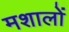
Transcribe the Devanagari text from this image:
मशालों